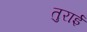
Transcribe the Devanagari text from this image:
तुराई